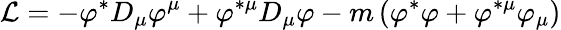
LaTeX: {\cal L}=-\varphi^{\ast}D_{\mu}\varphi^{\mu}+\varphi^{\ast\mu}D_{\mu}\varphi-m\left(\varphi^{\ast}\varphi+\varphi^{\ast\mu}\varphi_{\mu}\right)